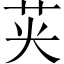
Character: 𮎦